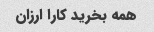
همه بخرید کارا ارزان